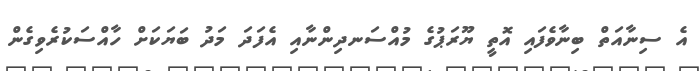
އެ ސިނާއަތް ބިނާވެފައި އޮތީ ޔޫރަޕުގެ މުއްސަނދިންނާއި އެފަދަ މަދު ބަޔަކަށް ހާއްސަކުރެވިގެން